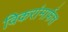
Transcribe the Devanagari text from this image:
विकरांमार्फत